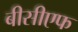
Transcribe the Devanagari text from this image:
बीसीएफ